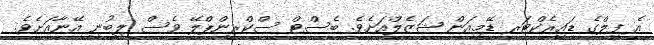
އެ ފިލްގެ ޑައިރެކްޓަރ ޑޭމިއަން ޝަޒެލްއަަށެވެ. ބެސްޓް ސްކްރީންޕްލޭ ވެސް ލިބުނީ އޭނާއަށެވެ.